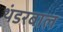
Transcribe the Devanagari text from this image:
थंडरबाल